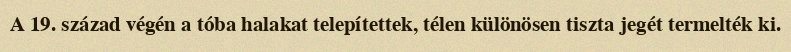
A 19. század végén a tóba halakat telepítettek, télen különösen tiszta jegét termelték ki.